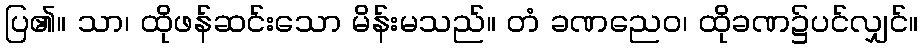
ပြ၏။ သာ၊ ထိုဖန်ဆင်းသော မိန်းမသည်။ တံ ခဏညေဝ၊ ထိုခဏ၌ပင်လျှင်။